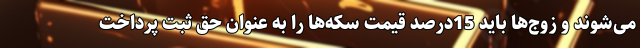
می‌شوند و زوج‌ها باید 15درصد قیمت سکه‌ها را به عنوان حق ثبت پرداخت